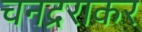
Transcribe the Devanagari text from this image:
चनद्रराकर